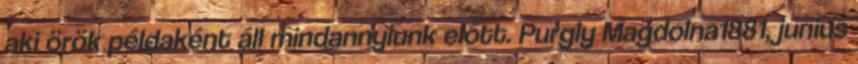
aki örök példaként áll mindannyiunk előtt. Purgly Magdolna1881, június